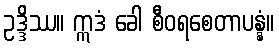
ဥဒ္ဒိဿ။ ဣဒံ ခေါ စီဝရစေတာပန္နံ။